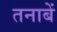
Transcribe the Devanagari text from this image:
तनाबें